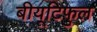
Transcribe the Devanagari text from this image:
बीयूटिफुल